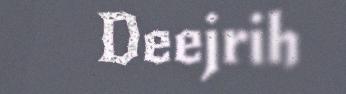
Deejrih